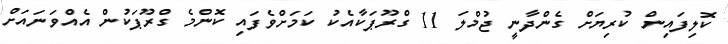
ކޮލިފައިން ކުރިޔަށް ގެންދާނީ ޖުމްލަ 11 ގްރޫޕަކާއެކު ކަމަށްވެފައި ކޮންމެ ގްރޫޕަކުން އެއްވަނައަށް